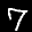
Label: 7